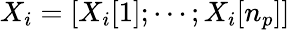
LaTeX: X_{i}=[X_{i}[1];\cdots;X_{i}[n_{p}]]